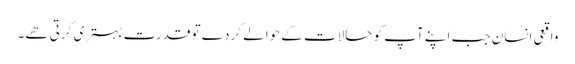
واقعی انسان جب اپنے آپ کو حالات کے حوالے کردے تو قدرت بہتری کرتی ھے۔